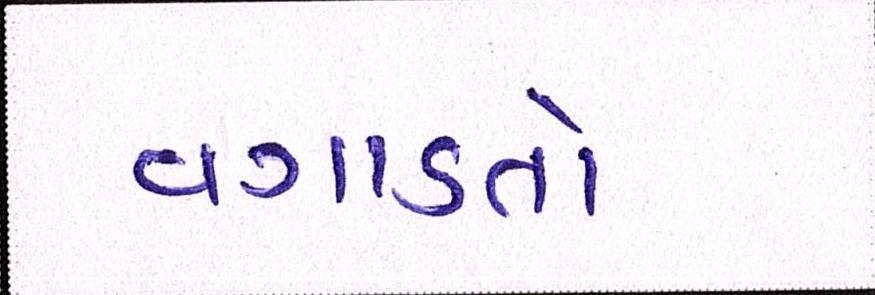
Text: વગાડતો